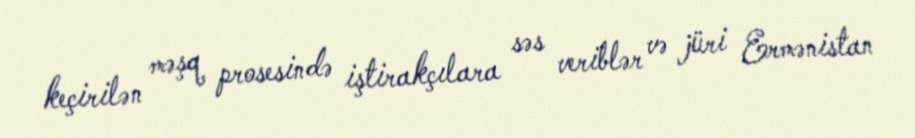
keçirilən məşq prosesində iştirakçılara səs veriblər və jüri Ermənistan